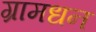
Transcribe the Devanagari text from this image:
ग्रामधन